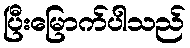
ပြီးမြောက်ပါသည်